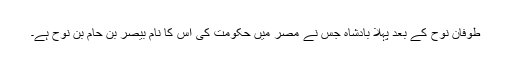
طوفانِ نوحؑ کے بعد پہلا بادشاہ جس نے مصر میں حکومت کی اس کا نام بیصر بن حام بن نوح ہے۔